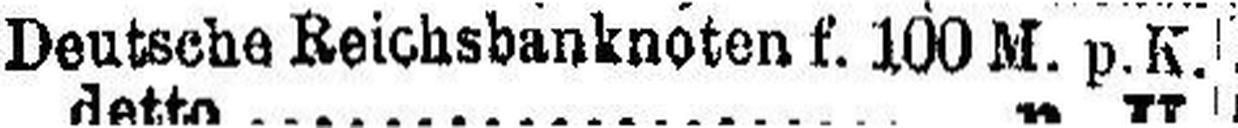
Deutsche Reichsbanknoten f. 100 M. p.K.